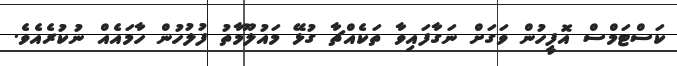
ކަސްޓަމްސް އޮފީހުން ވަގަށް ނަގާފައިވާ ތަކެއްޗާ ގުޅޭ މައުލޫމާތު ފުލުހުން ހާމައެއް ނުކުރެއެވެ.